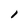
Character: I